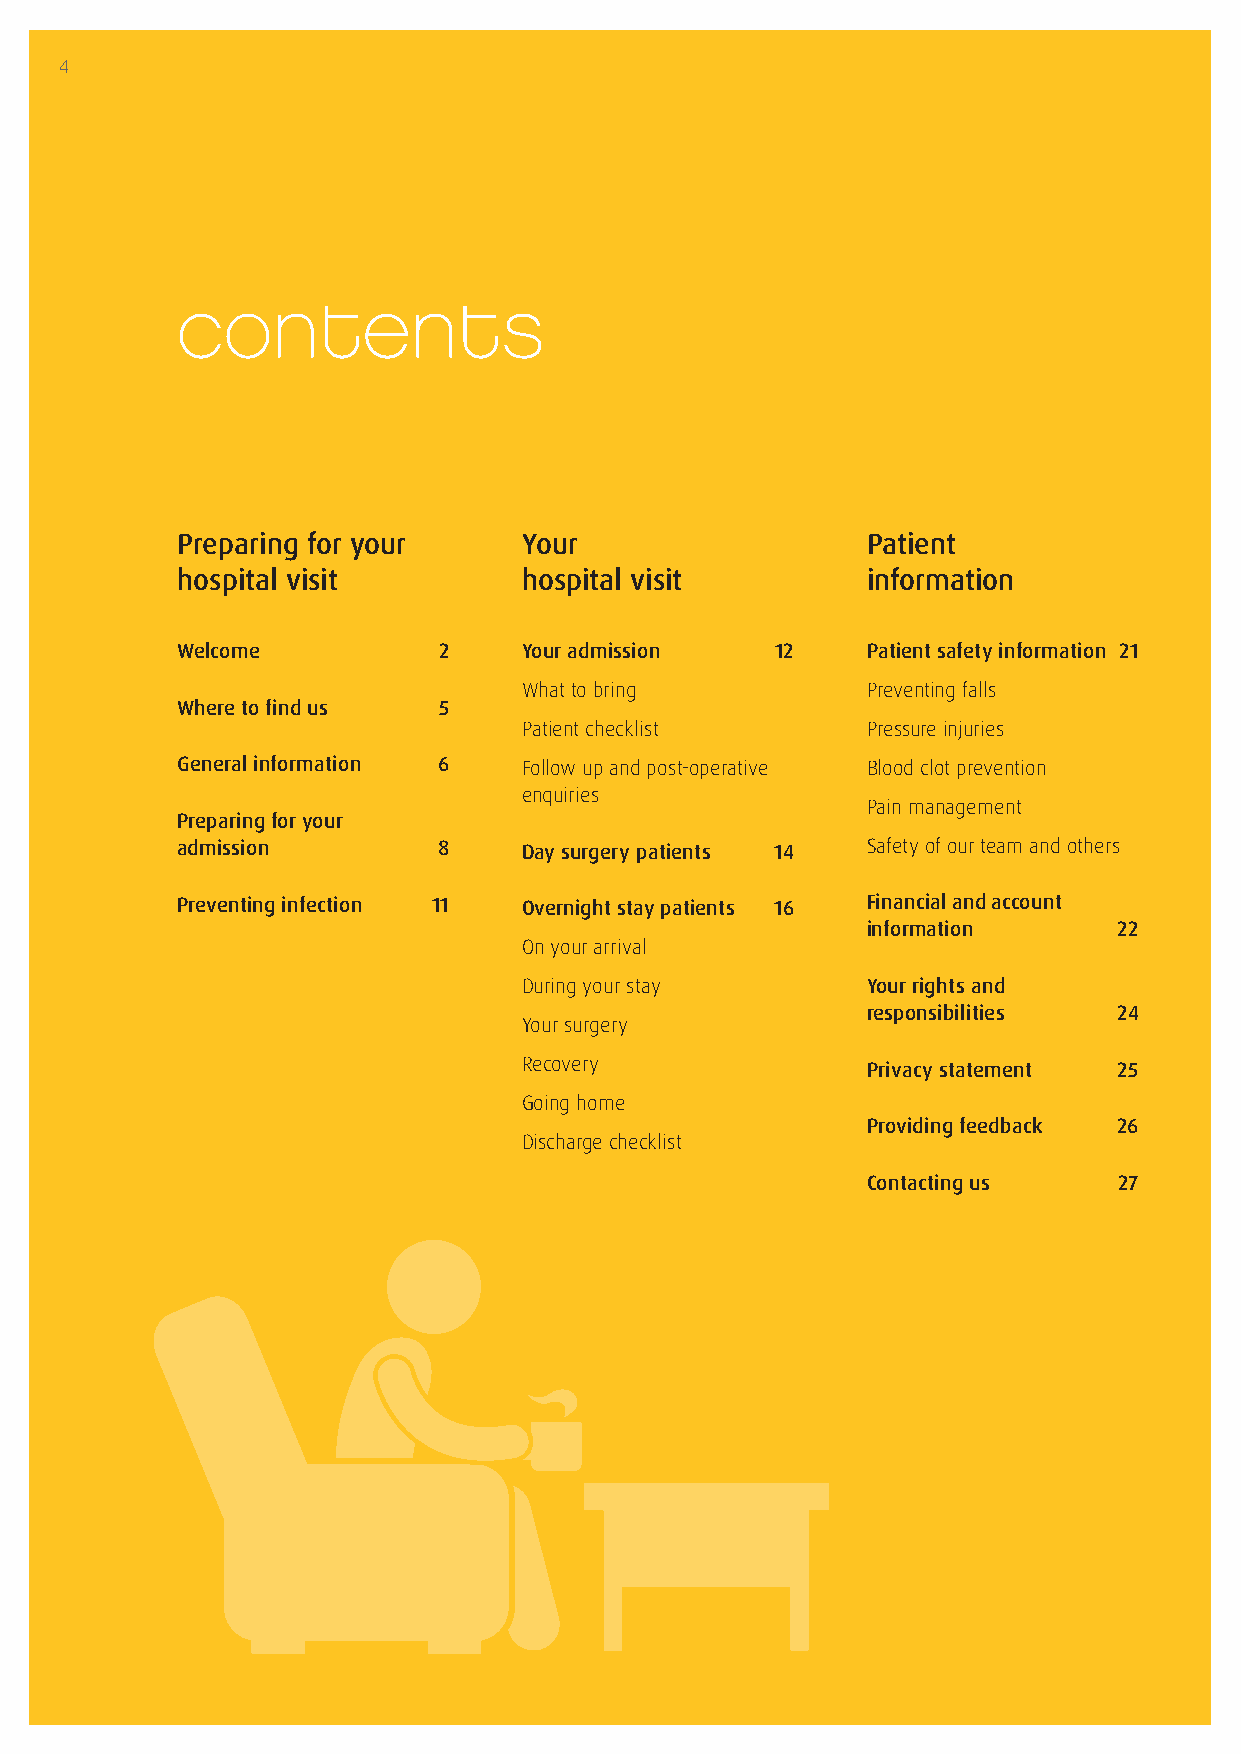
4
 contents
 Preparing for your     Your                  Patient
 hospital visit         hospital visit        information
 Welcome          2     Your admission  12    Patient safety information 21
 What to bring         Preventing falls
 Where to find us 5
 Patient checklist     Pressure injuries
 General information 6  Follow up and post-operative Blood clot prevention
 enquiries
 Pain management
 Preparing for your
 admission        8     Day surgery patients 14 Safety of our team and others
 Preventing infection 11 Overnight stay patients 16 Financial and account
 information      22
 On your arrival
 During your stay      Your rights and
 responsibilities 24
 Your surgery
 Recovery              Privacy statement 25
 Going home
 Providing feedback 26
 Discharge checklist
 Contacting us    27